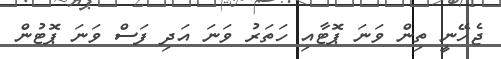
ޖެހޭނީ ތިން ވަނަ ޕޮޓާއި ހަތަރު ވަނަ އަދި ފަސް ވަނަ ޕޮޓުން